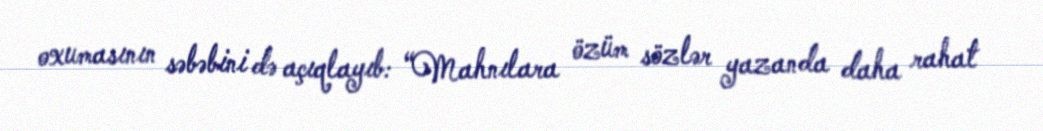
oxumasının səbəbini də açıqlayıb: “Mahnılara özüm sözlər yazanda daha rahat